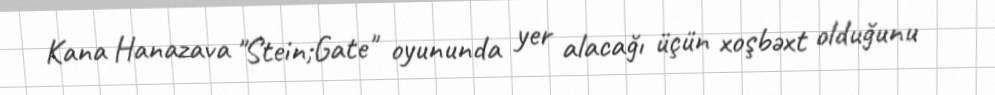
Kana Hanazava "Stein;Gate" oyununda yer alacağı üçün xoşbəxt olduğunu